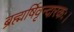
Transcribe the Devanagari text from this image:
ब्रह्मर्षिवृन्दारकः।